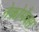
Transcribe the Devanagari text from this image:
नेकोमैक्स